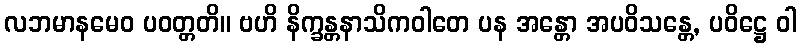
လဘမာနမေဝ ပဝတ္တတိ။ ဗဟိ နိက္ခန္တနာသိကဝါတေ ပန အန္တော အပဝိသန္တေ, ပဝိဋ္ဌေ ဝါ